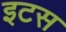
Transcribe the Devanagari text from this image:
इटस